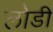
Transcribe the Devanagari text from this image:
लोडी